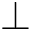
\perp